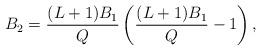
LaTeX: \begin{align*} B_2 = \frac{(L+1)B_1}{Q} \left(\frac{(L+1)B_1}{Q} - 1\right), \end{align*}